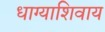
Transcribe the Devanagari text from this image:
धाग्याशिवाय